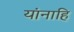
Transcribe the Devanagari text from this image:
यांनाहि